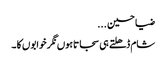
ضیا حسین ...
شام ڈھلتے ہی سجاتاہوں نگر خوابوں کا ۔